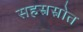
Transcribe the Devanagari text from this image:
सहस्रस्रोत